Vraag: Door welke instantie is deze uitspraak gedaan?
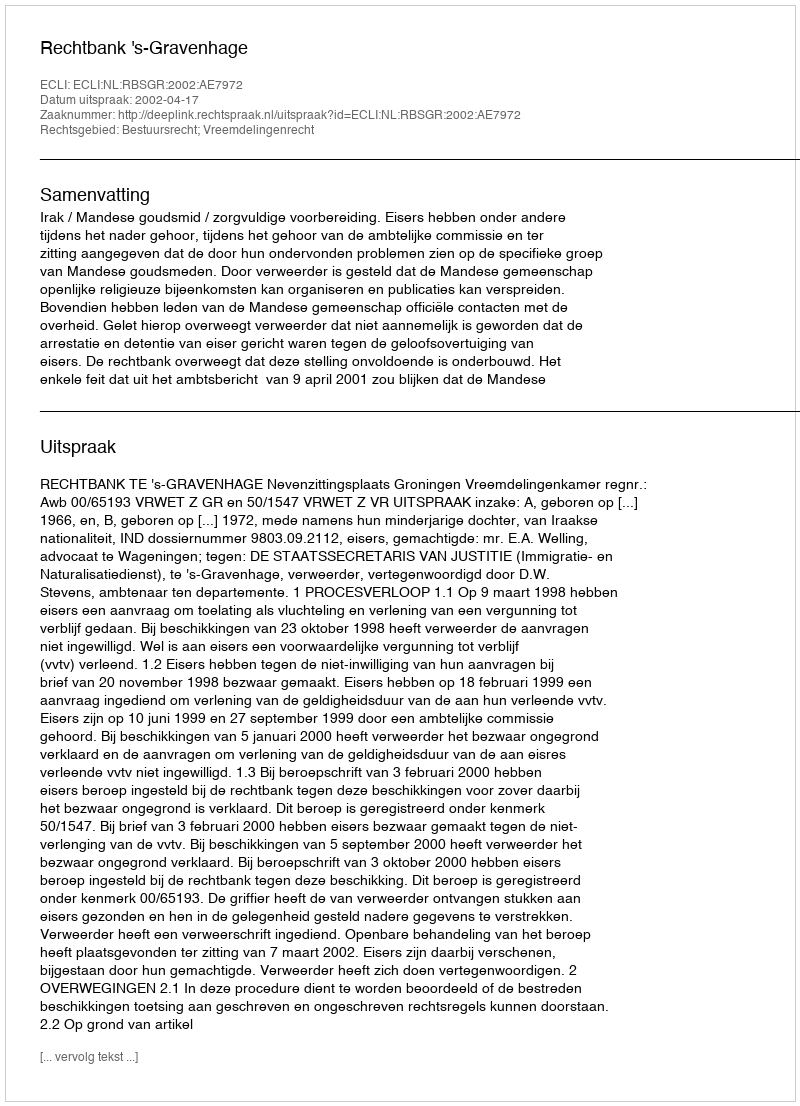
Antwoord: Rechtbank 's-Gravenhage